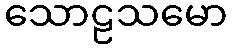
သောဠသမော